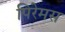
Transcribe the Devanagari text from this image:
पिरेमस